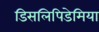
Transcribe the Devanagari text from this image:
डिसलिपिडेमिया